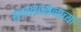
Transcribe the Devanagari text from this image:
राज्यशासनांच्या